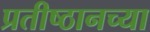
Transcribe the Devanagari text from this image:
प्रतीष्ठानच्या